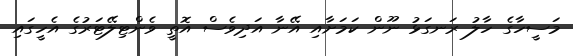
މަސީހާގެ ހާލު ރަނގަޅު ނޫން ކަމަށާއި އޭނާ އަދިވެސް އޮތީ ވެންޓިލޭޓަރުގެ އެހީގައި